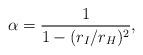
LaTeX: \begin{align*}\alpha = \frac{1}{1 - (r_I/r_H)^2},\end{align*}